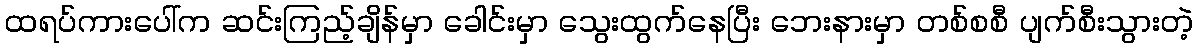
ထရပ်ကားပေါ်က ဆင်းကြည့်ချိန်မှာ ခေါင်းမှာ သွေးထွက်နေပြီး ဘေးနားမှာ တစ်စစီ ပျက်စီးသွားတဲ့